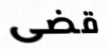
قضى